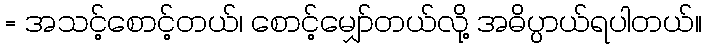
= အသင့်စောင့်တယ်၊ စောင့်မျှော်တယ်လို့ အဓိပ္ပာယ်ရပါတယ်။